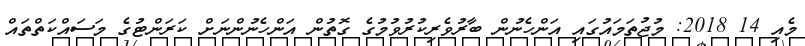
މެއި 14 2018: މުޖުތަމައުގައި އަންހެނުން ބާރުވެރިކުރުވުމުގެ ގޮތުން އަންހެނުންނަށް ކަރަންޓުގެ މަސައްކަތްތައް